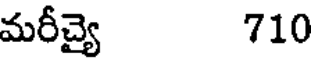
మరీచ్యై 710